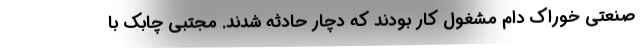
صنعتی خوراک دام مشغول کار بودند که دچار حادثه شدند. مجتبی چابک با